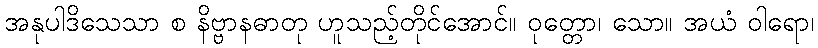
အနုပါဒိသေသာ စ နိဗ္ဗာနဓာတု ဟူသည့်တိုင်အောင်။ ဝုတ္တော၊ သော။ အယံ ဝါရော၊